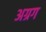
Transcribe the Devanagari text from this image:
अग्रग